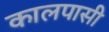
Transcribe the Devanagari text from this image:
कालपासी